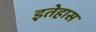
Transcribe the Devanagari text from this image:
इतेहास